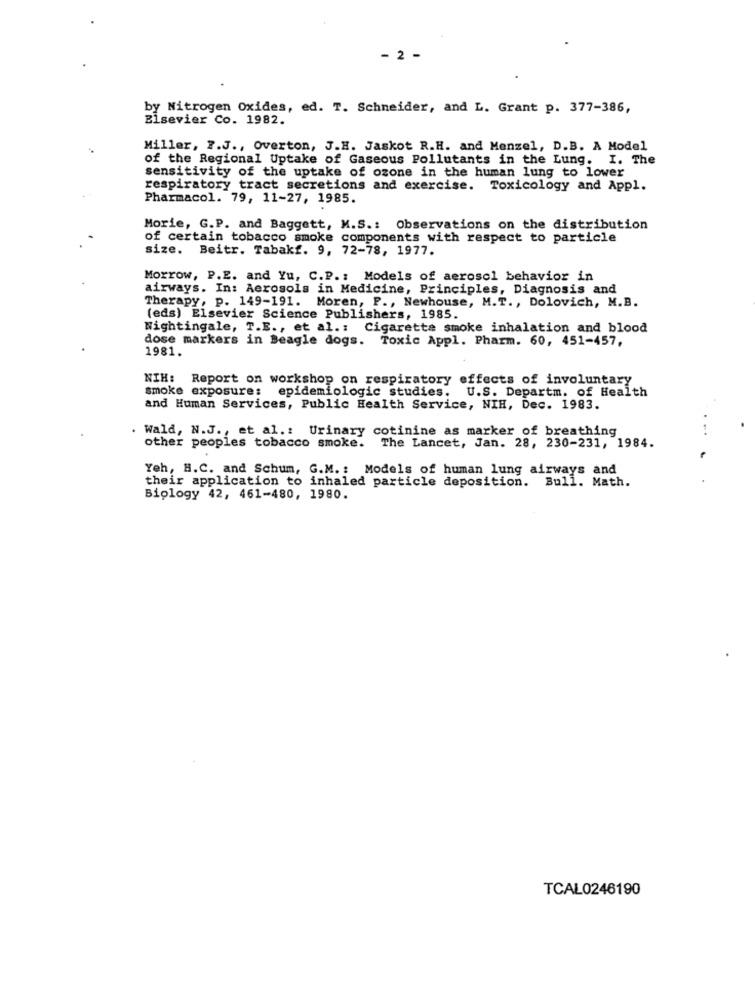
- 2 -
by Nitrogen Oxides, ed. T. Schneider, and L. Grant p. 377-386,
Elsevier Co. 1982.
Miller, 7.J ., Overton, J.H. Jaskot R.H. and Menzel, D.B. A Model
of the Regional Uptake of Gaseous Pollutants in the Lung. I. The
sensitivity of the uptake of ozone in the human lung to lower
respiratory tract secretions and exercise. Toxicology and Appl.
Pharmacol. 79, 11-27, 1985.
Morie, G.P. and Baggett, M.S .: Observations on the distribution
of certain tobacco smoke components with respect to particle
size. Beitr. Tabakf. 9, 72-78, 1977.
Morrow, P.E. and Yu, C.P .: Models of aerosol behavior in
airways. In: Aerosols in Medicine, Principles, Diagnosis and
Therapy, p. 149-191. Moren, P ., Newhouse, M.T ., Dolovich, M.B.
(eds) Elsevier Science Publishers, 1985.
Nightingale, T.E ., et al .: Cigarette smoke inhalation and blood
dose markers in Beagle dogs. Toxic Appl. Pharm. 60, 451-457,
1981.
NIH: Report on workshop on respiratory effects of involuntary
smoke exposure: epidemiologic studies. U.S. Departm. of Health
and Human Services, Public Health Service, NIH, Dec. 1983.
. Wald, N.J ., et al .: Urinary cotinine as marker of breathing
The Lancet, Jan. 28, 230-231, 1984.
other peoples tobacco smoke.
Yeh, H.C. and Schum, G.M. : Models of human lung airways and
their application to inhaled particle deposition.
Bull. Math.
Biology 42, 461-480, 1980.
TCAL0246190